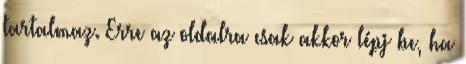
tartalmaz. Erre az oldalra csak akkor lépj be, ha